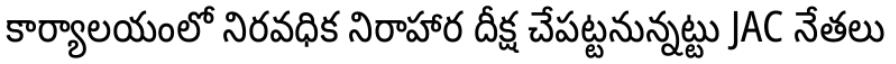
కార్యాలయంలో నిరవధిక నిరాహార దీక్ష చేపట్టనున్నట్టు JAC నేతలు